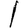
Digit: 1